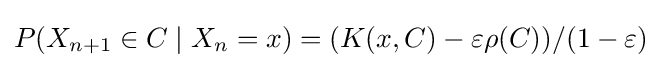
P(X_{n+1}\in C\mid X_{n}=x)=(K(x,C)-\varepsilon \rho (C))/(1-\varepsilon )